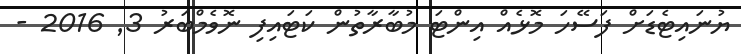
ޔުނައިޓެޑަށް ފަސޭހަ މޮޅެއް އިންޓަ މުބާރާތުން ކަޓައިފި ނޮވެމްބަރު 3